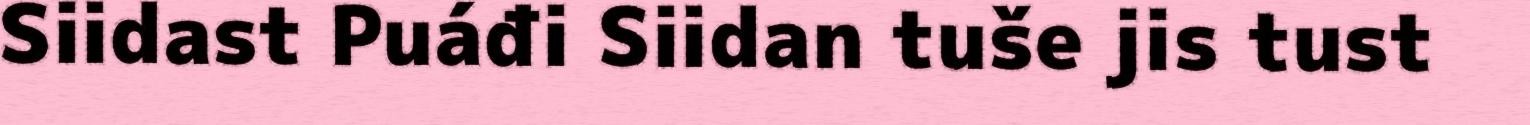
Siidast Puáđi Siidan tuše jis tust